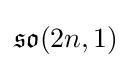
{\mathfrak {so}}(2n,1)